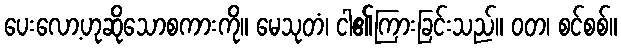
ပေးလော့ဟုဆိုသောစကားကို။ မေသုတံ၊ ငါ၏ကြားခြင်းသည်။ ဝတ၊ စင်စစ်။